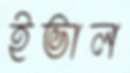
ইভাল